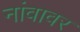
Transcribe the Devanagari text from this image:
नांवावर